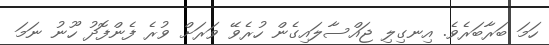
ހަމަ ބަރާބަރެވެ. އިނގިލި ޖައްސާލައިގެން ހުރެވޭ ވަރަށް ވުރެ ފެންފޮދު ހޫނު ނަމަ